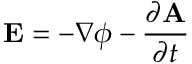
\mathbf { E } = - \nabla \phi - { \frac { \partial \mathbf { A } } { \partial t } }